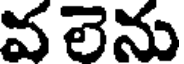
వ లెను